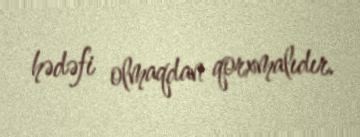
hədəfi olmaqdan qorxmalıdır.